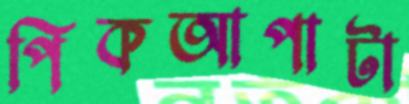
পিকআপাটা